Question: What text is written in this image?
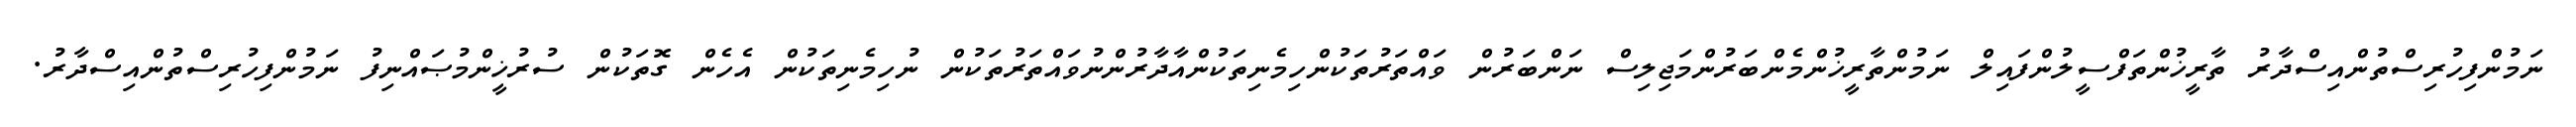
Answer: ނަމުންފިހުރިސްތުންއިސްދާރު ތާރީޚުންތަފްސީލުންފައިލް ނަމުންތާރީޚުންމެންބަރުންމަޖިލިސް ނަންބަރުން ވައްތަރުތަކުންހިމެނިތަކުންއާދާރުންނުވައްތަރުތަކުން ނުހިމެނިތަކުން އެހެން ގޮތަކުން ސުރުޚީންމުޞައްނިފު ނަމުންފިހުރިސްތުންއިސްދާރު.